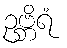
ဥဗ္ဘိရံ